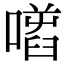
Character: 𠾌